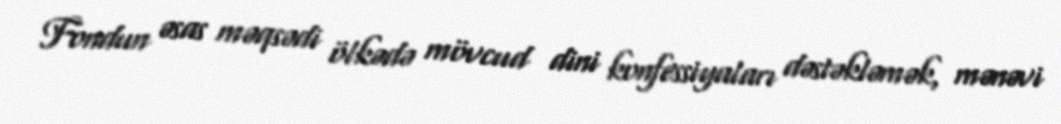
Fondun əsas məqsədi ölkədə mövcud dini konfessiyaları dəstəkləmək, mənəvi